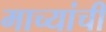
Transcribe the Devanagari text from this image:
माच्यांची